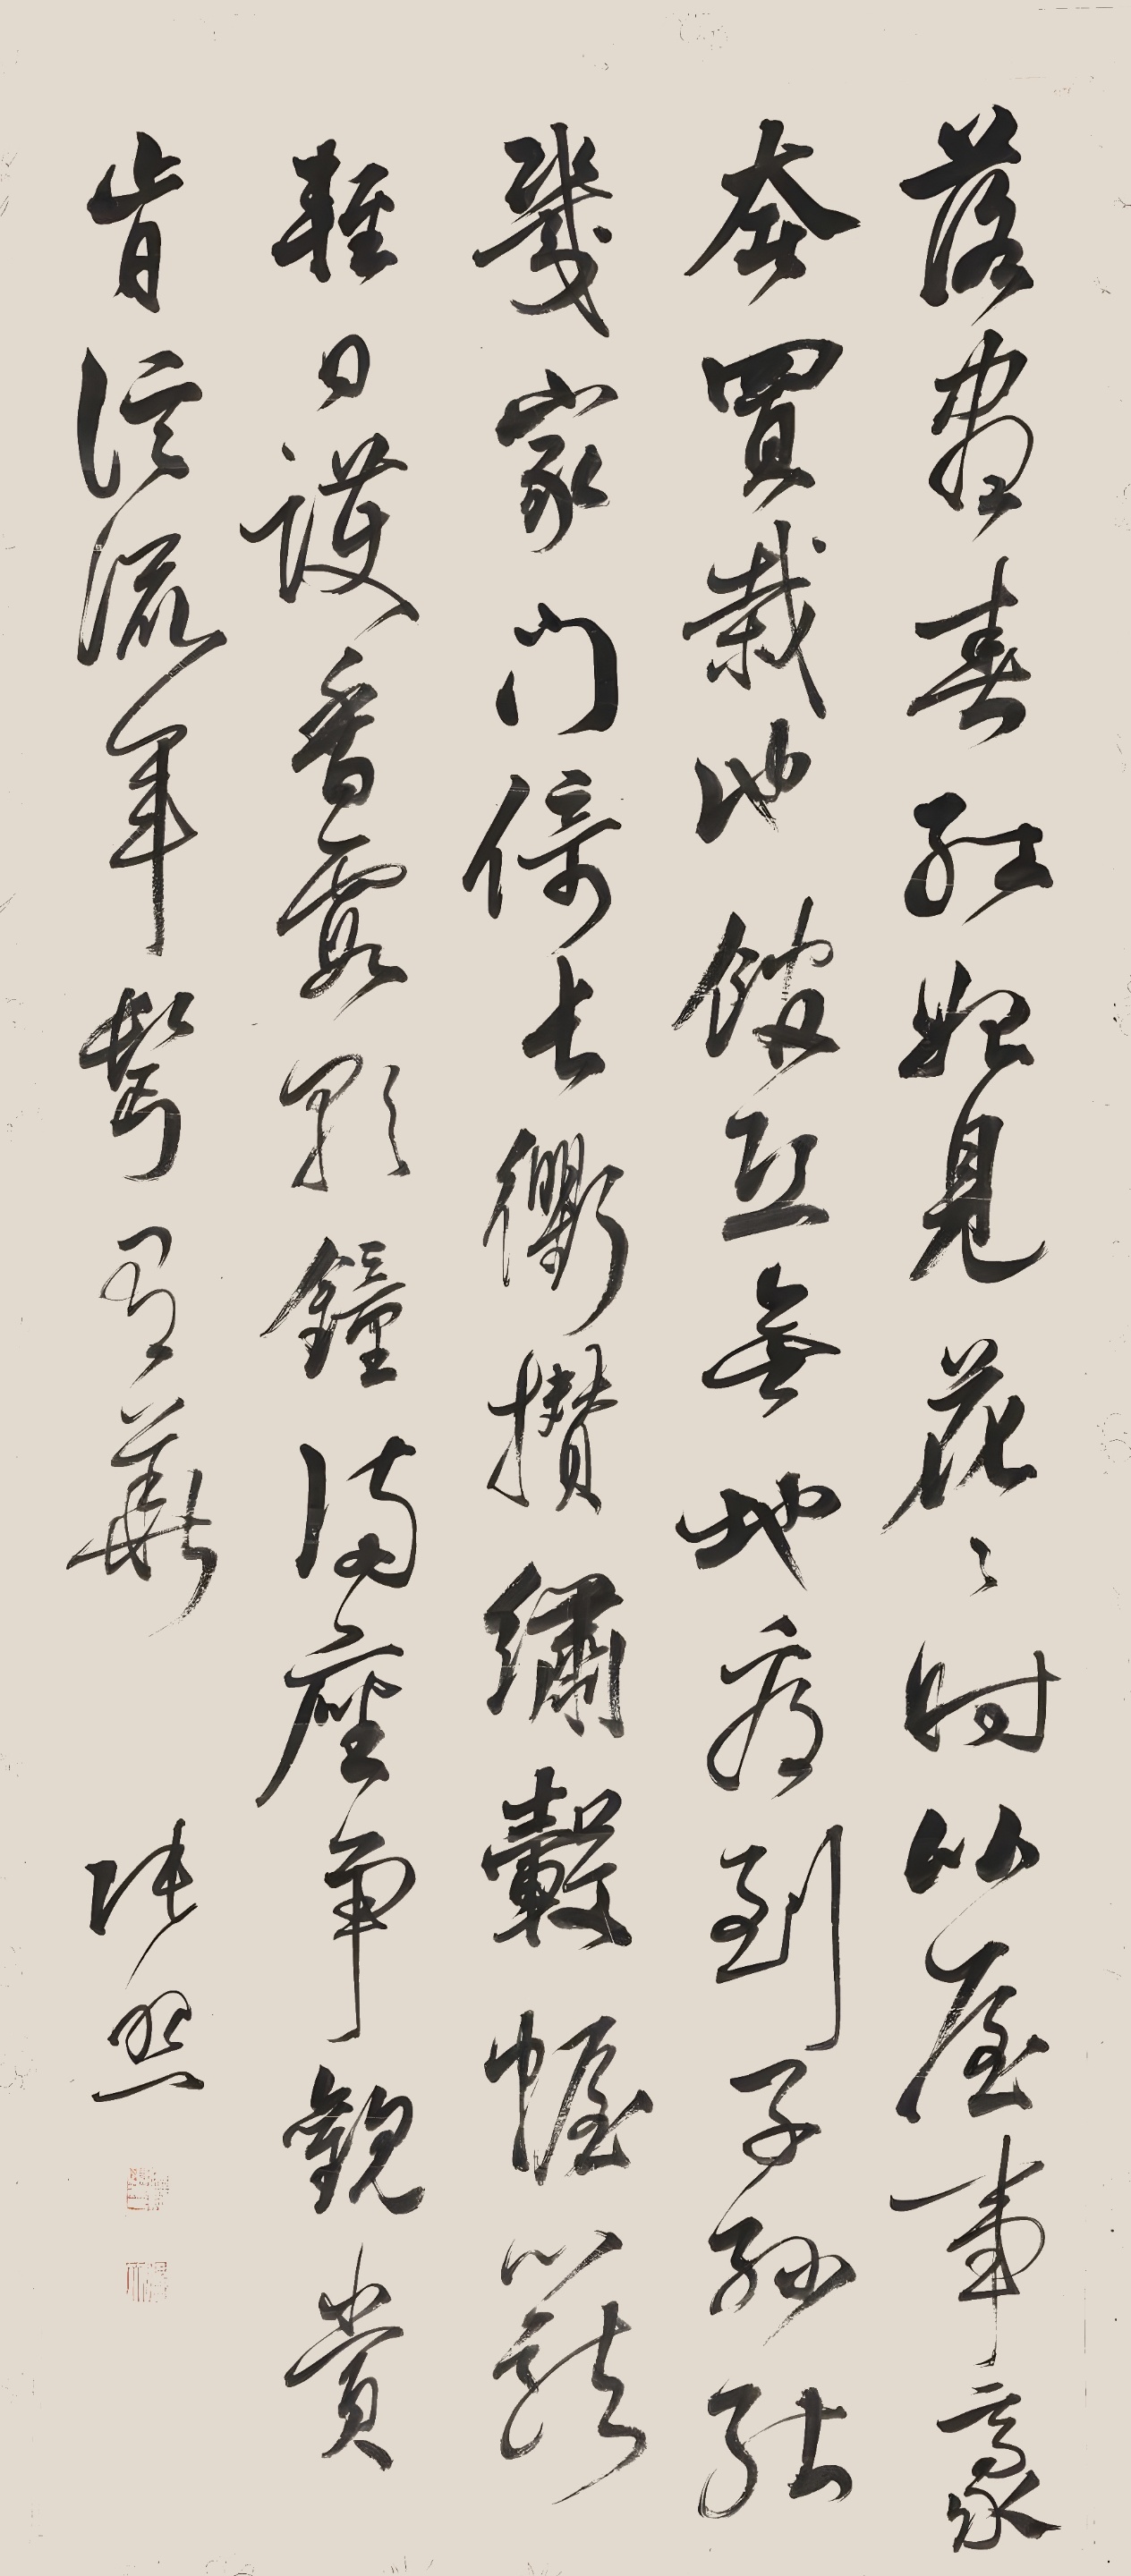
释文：落尽春红始着花，花时比屋事豪奢。买栽池馆恐无地，看到子孙能几家。门倚长衢攒绣毂，幄笼轻日护香霞。歌钟满座争欢赏，肯信流年鬓有华。张照。